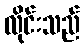
လိုင်းသည်